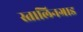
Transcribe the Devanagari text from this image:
स्तालिनग्राड